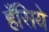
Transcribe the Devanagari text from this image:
हँसिये